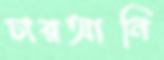
চারআনি